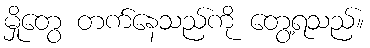
မှိုတွေ တက်နေသည်ကို တွေ့ရသည်။